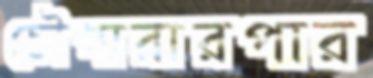
চৌগারারপার